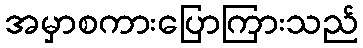
အမှာစကားပြောကြားသည်